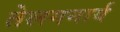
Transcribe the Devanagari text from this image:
तेलगनार्य